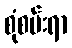
စုံစမ်းရာ